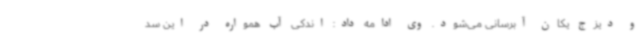
و دیزج یکان آبرسانی می‌شود. وی ادامه داد: اندکی آب همواره در این سد